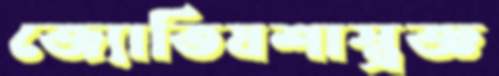
জ্যোতিষশাস্ত্রজ্ঞ